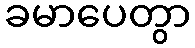
ခမာပေတွာ